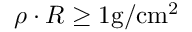
\rho \cdot R \geq 1 \mathrm { g } / \mathrm { c m } ^ { 2 }